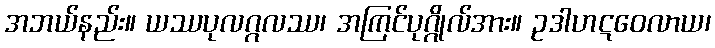
အဘယ်နည်း။ ယဿပုလဂ္ဂလဿ၊ အကြင်ပုဂ္ဂိုလ်အား။ ဥဒါဟဋဝေလာယ၊